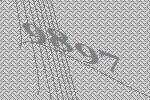
9897